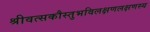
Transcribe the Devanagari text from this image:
श्रीवत्सकौस्तुभविलक्षणलक्षणस्य